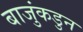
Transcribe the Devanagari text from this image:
बाजुंकडुन